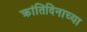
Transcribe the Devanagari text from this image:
क्रांतिदिनाच्या